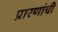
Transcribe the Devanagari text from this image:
प्रारणांची